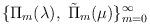
LaTeX: \begin{align*}\{ \Pi_m(\lambda), \; \tilde{\Pi}_m(\mu)\}^{\infty}_{m=0}\end{align*}